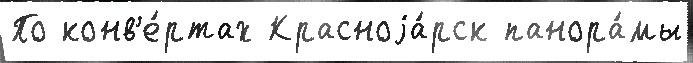
По конв'е́ртах Красноjа́рск панора́мы